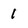
Character: 1